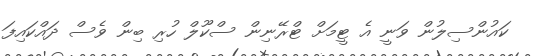
ކައުންސިލުން ވަނީ އެ ޓީމަށް ޓްރޭނިން ސްކޫލް ހުރި ބިން ވެސް ދައްކައިފަ